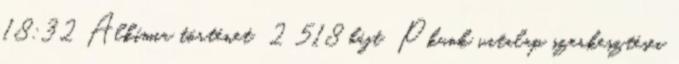
18:32 ‎Alkímia történet ‎ 2 518 bájt ‎Pkunk vitalap szerkesztései